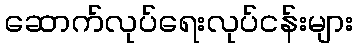
ဆောက်လုပ်ရေးလုပ်ငန်းများ